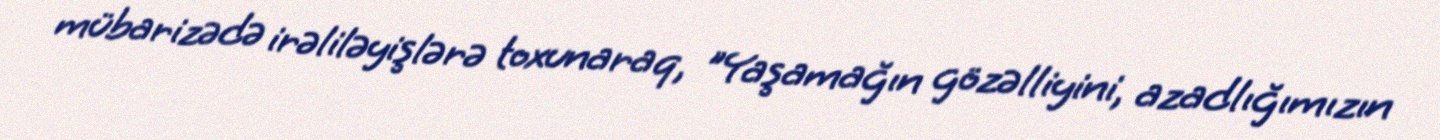
mübarizədə irəliləyişlərə toxunaraq, "Yaşamağın gözəlliyini, azadlığımızın